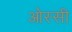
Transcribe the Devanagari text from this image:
ओस्सी